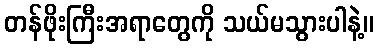
တန်ဖိုးကြီးအရာတွေကို သယ်မသွားပါနဲ့။